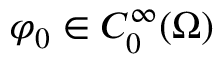
\varphi _ { 0 } \in C _ { 0 } ^ { \infty } ( \Omega )